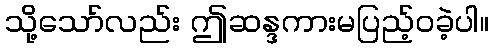
သို့သော်လည်း ဤဆန္ဒကားမပြည့်ဝခဲ့ပါ။